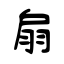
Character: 扇